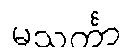
မသင်္ကာ